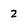
Character: 2